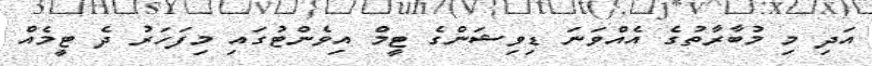
އަދި މި މުބާރާތުގެ އެއްވަނަ ޑިވިޝަންގެ ޓީމް އިވެންޓުގައި މިފަހަރު ދެ ޓީމެއް